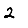
Digit: 2